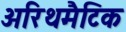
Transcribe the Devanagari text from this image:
अरिथमैटिक